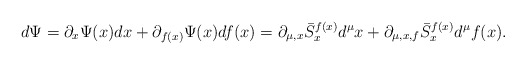
\begin{align*}d\Psi=\partial_{x}\Psi(x) dx +\partial_{f(x)}\Psi(x)df(x)=\partial_{\mu,x} \bar{S}^{f(x)}_{x}d^{\mu}x+\partial_{\mu,x,f} \bar{S}^{f(x)}_{x}d^{\mu}f(x).\end{align*}